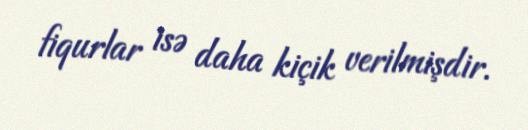
fiqurlar isə daha kiçik verilmişdir.